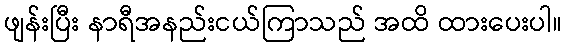
ဖျန်းပြီး နာရီအနည်းငယ်ကြာသည် အထိ ထားပေးပါ။